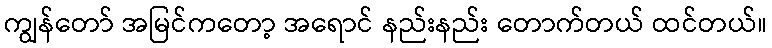
ကျွန်တော် အမြင်ကတော့ အရောင် နည်းနည်း တောက်တယ် ထင်တယ်။